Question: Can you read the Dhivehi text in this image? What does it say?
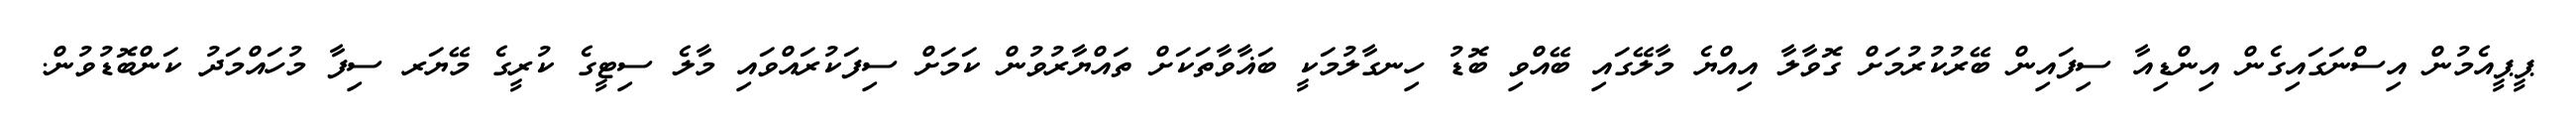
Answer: ޕީޕީއެމުން އިސްނަގައިގެން އިންޑިއާ ސިފައިން ބޭރުކުރުމަށް ގޮވާލާ އިއްޔެ މާލޭގައި ބޭއްވި ބޮޑު ހިނގާލުމަކީ ބަޣާވާތަކަށް ތައްޔާރުވުން ކަމަށް ސިފަކުރައްވައި މާލެ ސިޓީގެ ކުރީގެ މޭޔަރ ސިފާ މުހައްމަދު ކަންބޮޑުވުން.